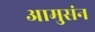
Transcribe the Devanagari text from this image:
आमुसंन